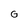
Character: G